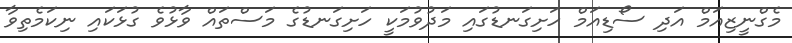
މެގްނީޒިއަމް އަދި ސޯޑިއަމް ހަށިގަނޑުގައި މަދުވުމަކީ ހަށިގަނޑުގެ މަސްތައް ވާޅުވެ ގުޅަކައި ނިކަމެތިވާ